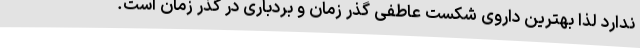
ندارد لذا بهترین داروی شکست عاطفی گذر زمان و بردباری در گذر زمان است.